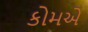
કોમએ